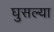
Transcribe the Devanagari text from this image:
घुसल्या